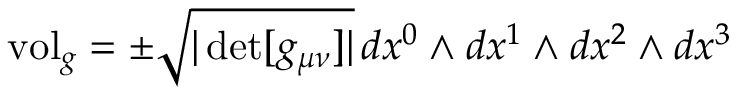
\mathrm { v o l } _ { g } = \pm { \sqrt { | \operatorname* { d e t } [ g _ { \mu \nu } ] | } } \, d x ^ { 0 } \wedge d x ^ { 1 } \wedge d x ^ { 2 } \wedge d x ^ { 3 }